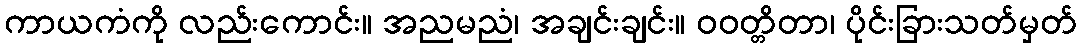
ကာယကံကို လည်းကောင်း။ အညမညံ၊ အချင်းချင်း။ ဝဝတ္တိတာ၊ ပိုင်းခြားသတ်မှတ်